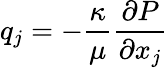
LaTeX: q_{j}=-{\frac{\kappa}{\mu}}{\frac{\partial P}{\partial x_{j}}}